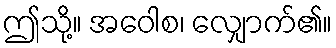
ဤသို့။ အဝေါစ၊ လျှောက်၏။